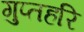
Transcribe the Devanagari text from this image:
गुप्तहरि